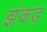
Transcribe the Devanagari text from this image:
झंकड़